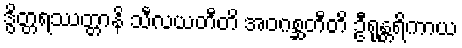
ဒွိတ္တရဿတ္တာနိ သီလယတီတိ အဝဂစ္ဆတီတိ ဦရုန္တရိကာယ